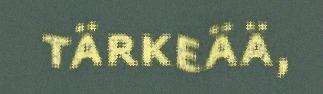
tärkeää,